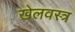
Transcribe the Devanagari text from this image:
खेलवस्त्र